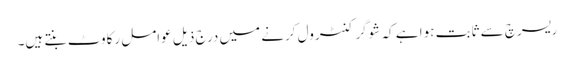
ریسرچ سے ثابت ہوا ہے کہ شوگر کنٹرول کرنے میں درج ذیل عوامل رکاوٹ بنتے ہیں۔